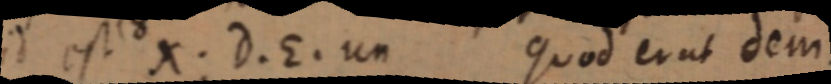
id est X. D. E. un Quod erat dem